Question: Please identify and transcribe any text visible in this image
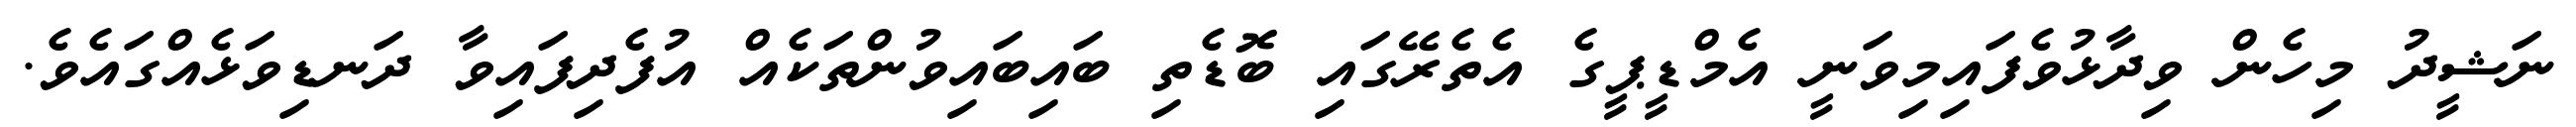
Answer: ނަޝީދު މިހެން ވިދާޅުވެފައިމިވަނީ އެމްޑީޕީގެ އެތެރޭގައި ބޮޑެތި ބައިބައިވުންތަކެއް އުފެދިފައިވާ ދަނޑިވަޅެއްގައެވެ.